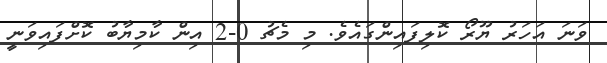
ވަނަ އަހަރު ޔޫރޯ ކޮލިފައިންގައެވެ. މި މެޗު 0-2 އިން ކާމިޔާބު ކޮށްފައިވަނީ